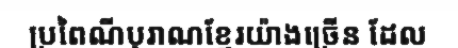
ប្រពៃណីបុរាណខ្មែរយ៉ាងច្រើន ដែល